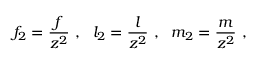
f _ { 2 } = \frac { f } { z ^ { 2 } } \ , \ \ l _ { 2 } = \frac { l } { z ^ { 2 } } \ , \ \ m _ { 2 } = \frac { m } { z ^ { 2 } } \ ,